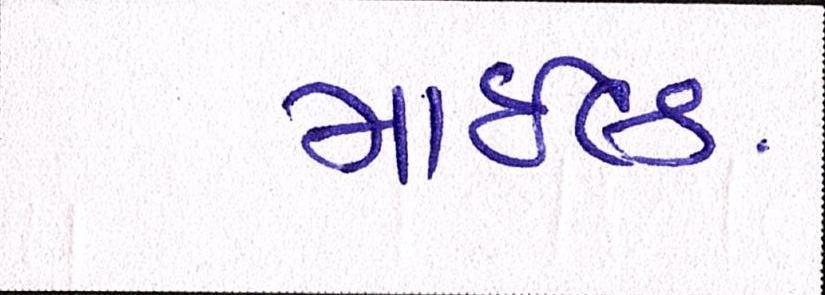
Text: માઇલ્ડ